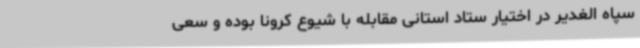
سپاه الغدیر در اختیار ستاد استانی مقابله با شیوع کرونا بوده و سعی